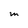
Character: M